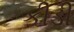
કીડી